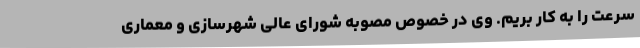
سرعت را به کار بریم. وی در خصوص مصوبه شورای عالی شهرسازی و معماری